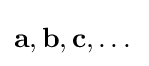
{\textbf {a}},{\textbf {b}},{\textbf {c}},\dots